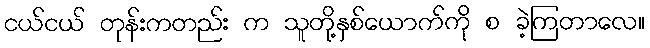
ငယ်ငယ် တုန်းကတည်း က သူတို့နှစ်ယောက်ကို စ ခဲ့ကြတာလေ။